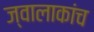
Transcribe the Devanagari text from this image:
ज्वालाकांच